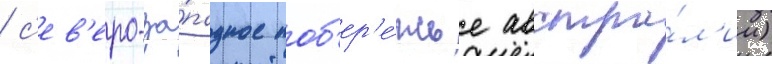
/ с'ев'еро-за́падное поб'ер'е́жье австра́л'ии)